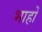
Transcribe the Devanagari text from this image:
भाहों